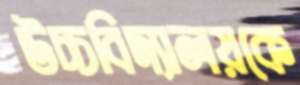
উচ্চবিদ্যালয়কে